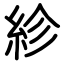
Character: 紾